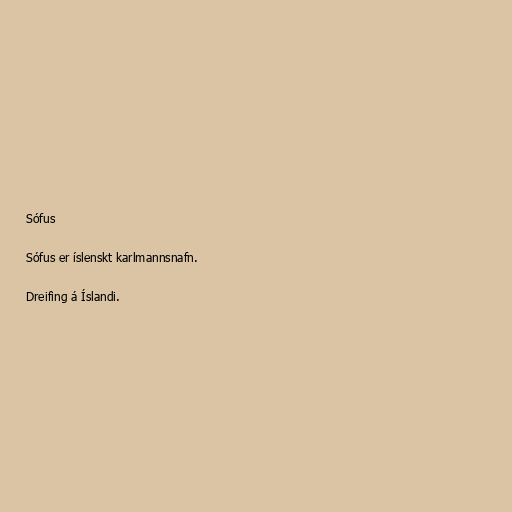
Sófus

Sófus er íslenskt karlmannsnafn.

Dreifing á Íslandi.